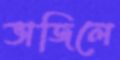
ভাজিলে